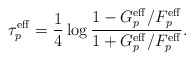
\begin{align*}\tau^\mathrm{eff}_p=\frac{1}{4}\log \frac{1-G_p^\mathrm{eff}/F_p^\mathrm{eff}}{1+G_p^\mathrm{eff}/F_p^\mathrm{eff}}.\end{align*}